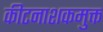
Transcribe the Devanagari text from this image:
कीटनाशकमुक्त